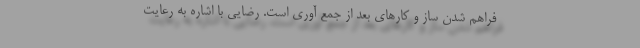
فراهم شدن ساز و کارهای بعد از جمع آوری است. رضایی با اشاره به رعایت